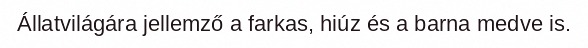
Állatvilágára jellemző a farkas, hiúz és a barna medve is.